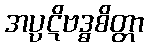
အပ္ပဋိဗဒ္ဓစိတ္တာ